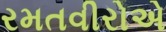
રમતવીરોએ